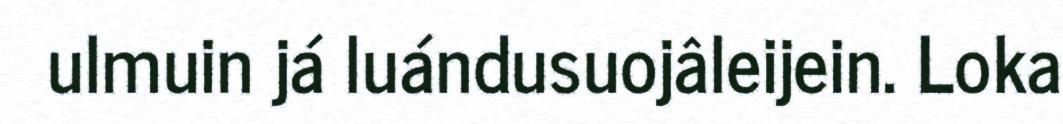
ulmuin já luándusuojâleijein. Loka